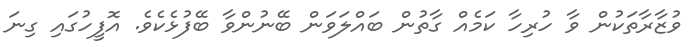
ވުޒާރާތަކުން ވާ ހުރިހާ ކަމެއް ގާތުން ބައްލަވަން ބޭނުންވާ ބޭފުޅެކެވެ. އޮފީހުގައި ގިނަ